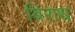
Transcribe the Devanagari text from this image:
बिराध